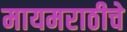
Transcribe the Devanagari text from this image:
मायमराठीचे